Report on the bubonic plague in Bombay, 1896-1897
Year: 1896
Disease focus: Plague
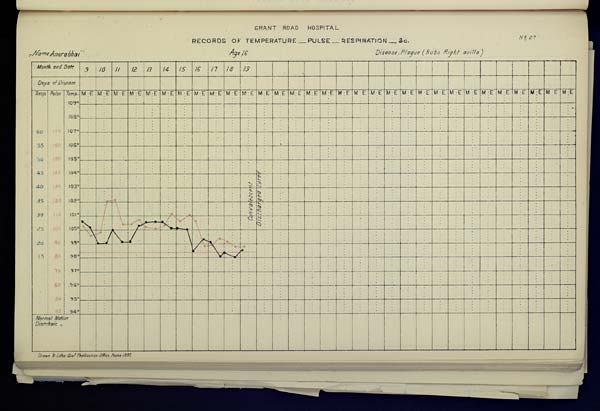
GRANT ROAD HOSPITAL
RECORDS OF TEMPERATURE __ PULSE __ RESPIRATION __ &c. No. 27
Name,
Anorabhai
Age,
16
Disease,
Plague
(Bubo
Right
axilla)
Drawn & Litho Govt. Photozinco, Office, Poona 1897.